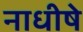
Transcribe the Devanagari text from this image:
नाधीषे